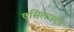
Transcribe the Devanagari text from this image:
एसिलाइटेड